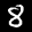
Label: 8